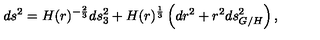
d s ^ { 2 } = H ( r ) ^ { - \frac { 2 } { 3 } } d s _ { 3 } ^ { 2 } + H ( r ) ^ { \frac { 1 } { 3 } } \left( d r ^ { 2 } + r ^ { 2 } d s _ { G / H } ^ { 2 } \right) ,